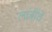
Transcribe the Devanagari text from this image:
लांबींचे